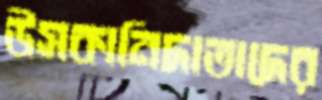
উসকানিদাতাদের